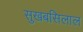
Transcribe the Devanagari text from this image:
सुखबसिलाल